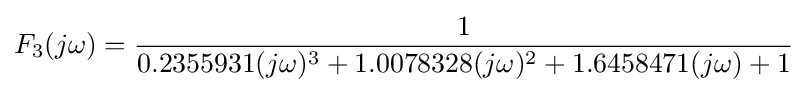
F_{3}(j\omega )={\frac {1}{0.2355931(j\omega )^{3}+1.0078328(j\omega )^{2}+1.6458471(j\omega )+1}}